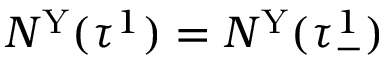
N ^ { \mathrm { Y } } ( \tau ^ { 1 } ) = N ^ { \mathrm { Y } } ( \tau _ { - } ^ { 1 } )